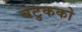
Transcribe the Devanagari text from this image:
बटुकको